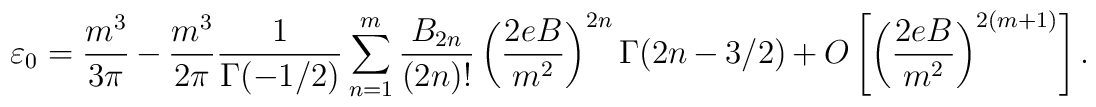
\varepsilon_{0}=\frac{m^{3}}{3\pi}-\frac{m^{3}}{2\pi}\frac{1}{\Gamma(-1/2)}\sum_{n=1}^{m}\frac{B_{2n}}{(2n)!}\left(\frac{2eB}{m^{2}}\right)^{2n}\Gamma(2n-3/2)+O\left[\left(\frac{2eB}{m^{2}}\right)^{2(m+1)}\right] .